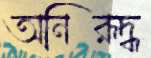
অনিরূদ্ধ